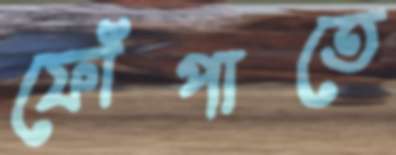
ফোঁপাতে